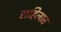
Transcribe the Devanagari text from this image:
राहिलात